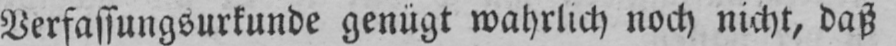
Verfassungsurkunde genügt wahrlich noch nicht, daß